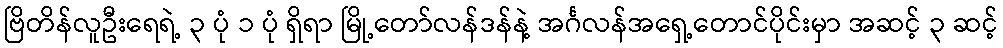
ဗြိတိန်လူဦးရေရဲ့ ၃ ပုံ ၁ ပုံ ရှိရာ မြို့တော်လန်ဒန်နဲ့ အင်္ဂလန်အရှေ့တောင်ပိုင်းမှာ အဆင့် ၃ ဆင့်